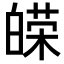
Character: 𤾔